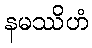
နမဿိဟံ